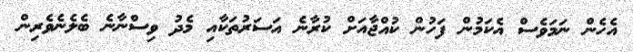
އެހެން ނަމަވެސް އެކަމުން ފަހުން ކުއްޖާއަށް ކުރާނެ އަސަރުތަކާއި މެދު ވިސްނާނެ ބެލެނެވެރިން